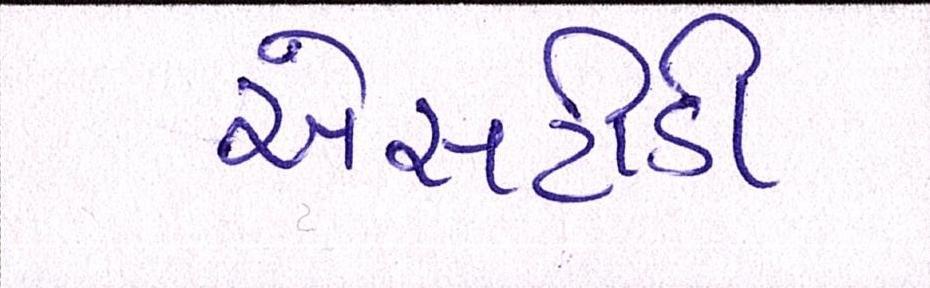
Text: એસટીડી